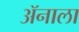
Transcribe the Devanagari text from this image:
ॲनाला